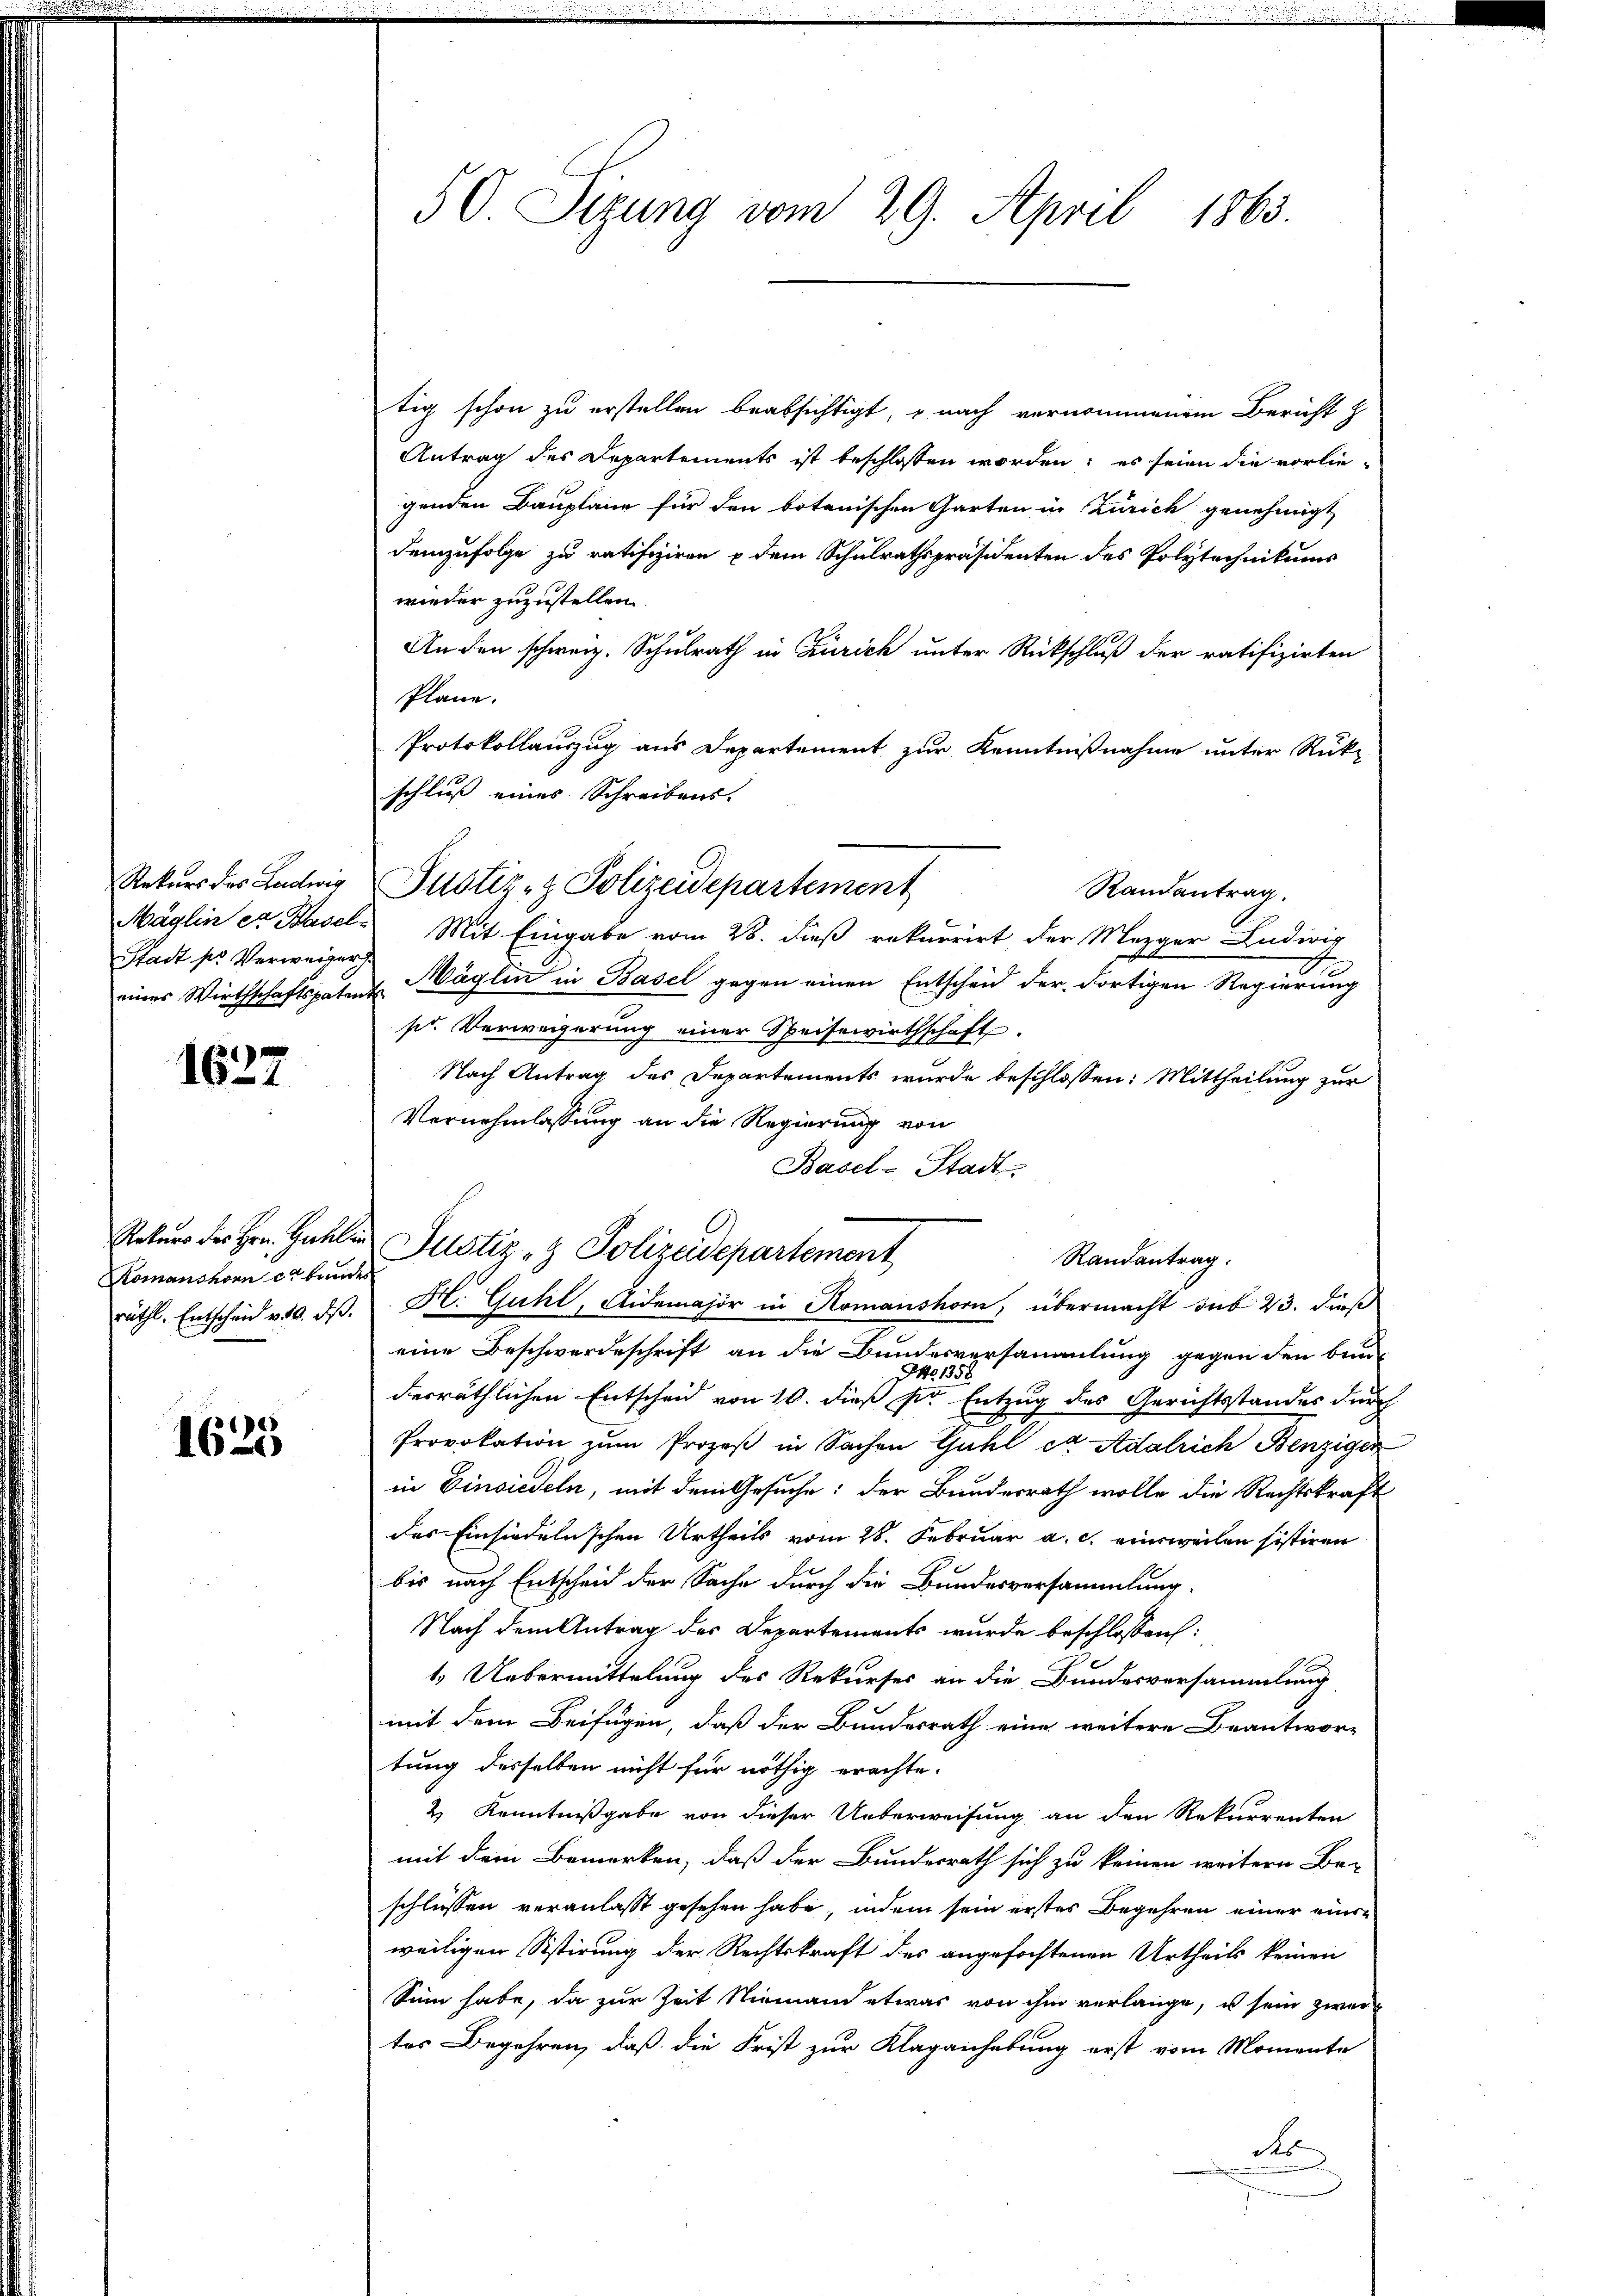
Rekurs des Ludwig
Stadt pr Verweiser.

1637

Komanshorn er bundes
räthl. Entscheid v. 10. ds.

1625

50. Sizung vom 29. April 1863.

tig schon zu erstellen beabsichtigt, – nach vernommenem Bericht h
Antrag des Departements ist beschlossen worden; es seien die vorlie-
genden Bauplane für den botanischen Garten in Zürich genehmigt
demzufolge zu ratifiziren u dem Schulrathspräsidenten des Polytechnikums
wieder zuzustellen
An den schweiz. Schulrath in Zürich unter Rückschluß der ratifizirten
Plane.
Protokollauszug aus Departement zur Kenntnißnahme unter Rückz
schluß eines Schreibens.
Randantrag.
Mäglin et Basel. Mit Eingabe vom 28. dieß rekurrirt der Mezger Ludivis
einer Wirthschaftspaten Möglin in Basel gegen einen Entscheid der dortigen Regierung
pr. Verweigerung einer Speisewirthschaft.
Nach Antrag des Departements wurde beschlossen: Mittheilung zur
Vernehmlassung an die Regierung von
Basel-Stadt.
eine Beschwerdeschrift an die Bundesversammlung gegen den ben
Ao. 1356
derräthlichen Entscheid von 10. dieß pr Entzug des Gerichtsstandes durch
Provokation zŭm Prozeß in Sachen Guhl et Adalrich Benzigen
in Einsiedeln, mit dem Gesuche; der Bundesrath wolle die Rechtskraft
des Einsiedelnschen Urtheils vom 28. Februar a. c. einsweilen sistiren
bis nach Entscheid der Sache durch die Bundesversammlung.
Nach dem Antrag des Departements wurde beschlossen:
Be
1. Uebermittelung des Rekurses an die Bundesversammlung
mit dem Beifügen, daß der Bundesrath eine weitere Beantwor-
tung desselben nicht für nöthig erachte.
2 Kenntnißgabe von dieser Ueberweisung an den Rekurrenten
mit dem Bemerken, daß der Bundesrath sich zu keinen weitern Be-
schlüssen veranlasst gesehen habe, indem sein erstes Begehren einer einen
weiligen Sistirung der Rechtskraft des angefochtenen Urtheils keinen
Sinn habe, da zur Zeit Niemann etwas von ihm verlange, u sein zwei
tes Begehren, daß die Frist zur Klaganhebung erst vom Momente
des

Justiz- & Polizeidepartement

Rekurs des Hrn. Gallen Justiz- & Polizeidepartement
Randantrag.
H. Guhl, Aidemajor in Romanshorn, übermacht sub 23. dieß